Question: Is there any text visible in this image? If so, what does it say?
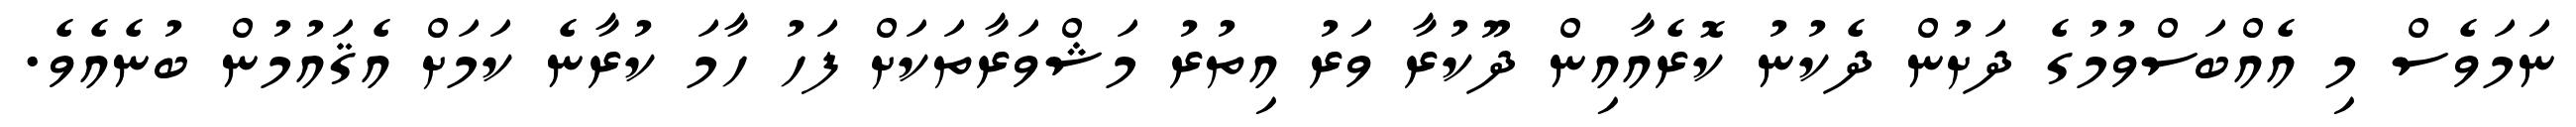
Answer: ނަމަވެސް މި އެއްބަސްވުމުގެ ދަށުން ދެކުނު ކޮރެއާއިން ދޫކުރާ ވަރު އިތުރު މަޝްވަރާތަކަށް ފަހު ހާމަ ކުރާނެ ކަމަށް އެޤައުމުން ބުނެއެވެ.